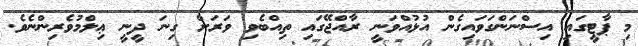
މި ޕާޓީގައި އިސްނަންގަވައިގެން އުޅުއްވަނީ ރާއްޖޭގައި ތިއްބެވި ވަރަށް ގިނަ ދީނީ ޢިލްމުވެރިންނެވެ.